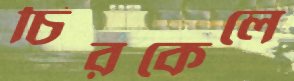
চিরকেলে